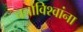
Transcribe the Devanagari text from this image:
चर्चाविश्वांना